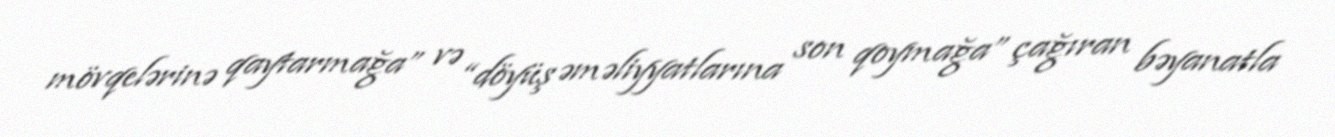
mövqelərinə qaytarmağa” və “döyüş əməliyyatlarına son qoymağa” çağıran bəyanatla